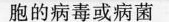
胞的病毒或病菌